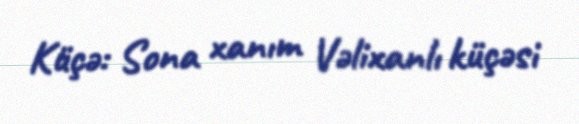
Küçə: Sona xanım Vəlixanlı küçəsi